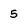
Character: 5